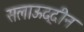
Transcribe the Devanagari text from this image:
सलाऊद्दीन